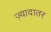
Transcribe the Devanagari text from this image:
ज्‍़यादातर